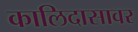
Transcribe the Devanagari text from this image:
कालिदासावर